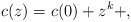
\begin{align*}c(z)=c(0)+ z^k+,\end{align*}